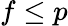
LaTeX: f\le p